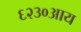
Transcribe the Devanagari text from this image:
६२३०आय